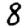
Digit: 8